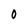
Character: O